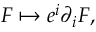
F \mapsto e ^ { i } \partial _ { i } F ,